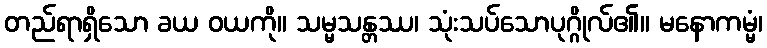
တည်ရာရှိသော ခယ ဝယကို။ သမ္မသန္တဿ၊ သုံးသပ်သောပုဂ္ဂိုလ်၏။ မနောကမ္မံ၊